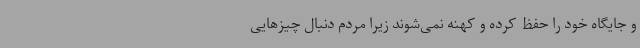
و جایگاه خود را حفظ کرده‌ و کهنه نمی‌شوند زیرا مردم دنبال چیزهایی